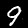
Label: 9